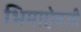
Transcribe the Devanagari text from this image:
भिमाऐवजी